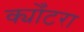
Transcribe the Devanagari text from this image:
क्योँटरा